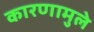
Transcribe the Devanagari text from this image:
कारणामुले